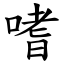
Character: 嗜